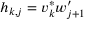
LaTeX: h _ { k , j } = v _ { k } ^ { * } w _ { j + 1 } ^ { \prime }